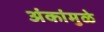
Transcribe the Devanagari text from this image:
अंकांमुळे